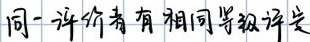
同一评价者有相同等级评定